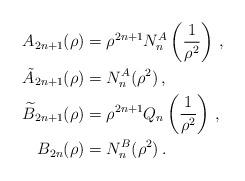
LaTeX: \begin{align*} A_{2n+1}(\rho) &= \rho^{2n+1}N^{A}_n\left(\frac{1}{\rho^2}\right) \, , \\ \tilde{A}_{2n+1}(\rho) &= N^{A}_n(\rho^2) \, , \\ \widetilde{B}_{2n+1}(\rho) &= \rho^{2n+1} Q_n\left(\frac{1}{\rho^2}\right) \, , \\ B_{2n}(\rho) &= N^{B}_n(\rho^2) \, . \\ \end{align*}